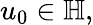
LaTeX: u_{0}\in\mathbb{H},